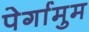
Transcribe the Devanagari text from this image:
पेर्गामुम